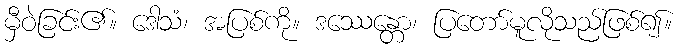
မှီဝဲခြင်း၏။ ဒေါသံ၊ အပြစ်ကို။ ဒဿေန္တော၊ ပြတော်မူလိုသည်ဖြစ်၍။